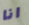
انا